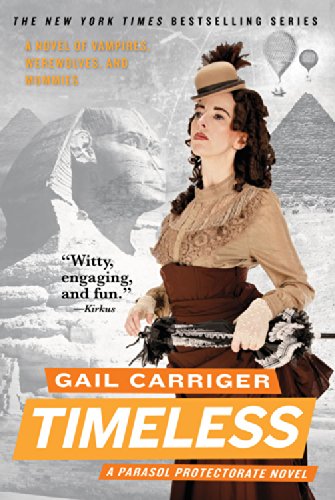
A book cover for Timeless (Parasol Protectorate); Gail Carriger; Science Fiction & Fantasy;